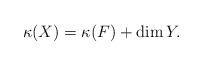
LaTeX: \begin{align*}\kappa(X) = \kappa(F) + \dim Y.\end{align*}